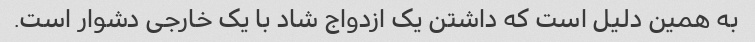
به همین دلیل است که داشتن یک ازدواج شاد با یک خارجی دشوار است.